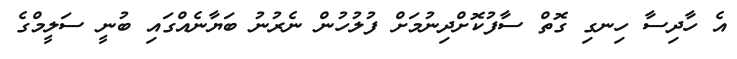
އެ ހާދިސާ ހިނގި ގޮތް ސާފުކޮށްދިނުމަށް ފުލުހުން ނެރުނު ބަޔާނެއްގައި ބުނީ ސަލީމްގެ